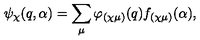
\psi _ { \chi } ( q , \alpha ) = \sum _ { \mu } \varphi _ { ( \chi \mu ) } ( q ) f _ { ( \chi \mu ) } ( \alpha ) ,